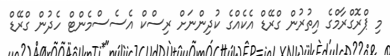
މި ޕްރޮގްރާމްގެ އިތުރުން ގްރޭޑް އެކެއްގެ ކުދިންނަށް ރިސްކް އެސެސްމެންޓް ހެދުން ގްރޭޑް